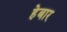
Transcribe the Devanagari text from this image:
हेबार